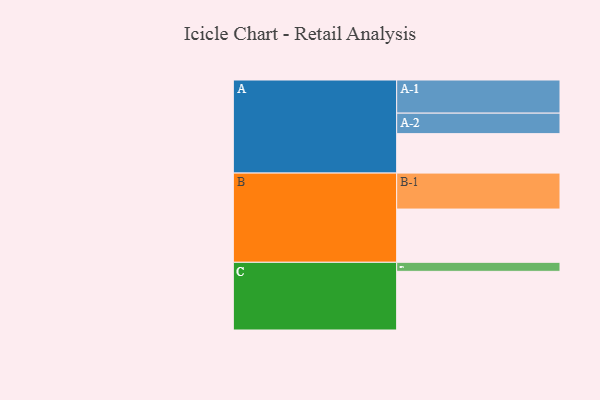
{"axis": {"x": "Segment", "y": "Value"}, "legend": ["", "A", "B", "C"], "data": [{"x": "A", "y": 306, "type": ""}, {"x": "B", "y": 413, "type": ""}, {"x": "C", "y": 455, "type": ""}, {"x": "A-1", "y": 257, "type": "A"}, {"x": "A-2", "y": 159, "type": "A"}, {"x": "B-1", "y": 279, "type": "B"}, {"x": "C-1", "y": 70, "type": "C"}]}